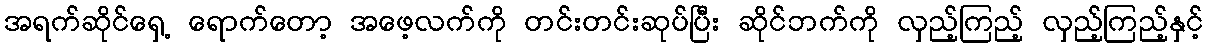
အရက်ဆိုင်ရှေ့ ရောက်တော့ အဖေ့လက်ကို တင်းတင်းဆုပ်ပြီး ဆိုင်ဘက်ကို လှည့်ကြည့် လှည့်ကြည့်နှင့်